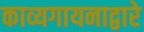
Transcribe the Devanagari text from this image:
काव्यगायनाद्वारे